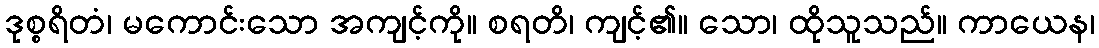
ဒုစ္စရိတံ၊ မကောင်းသော အကျင့်ကို။ စရတိ၊ ကျင့်၏။ သော၊ ထိုသူသည်။ ကာယေန၊